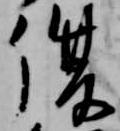
復